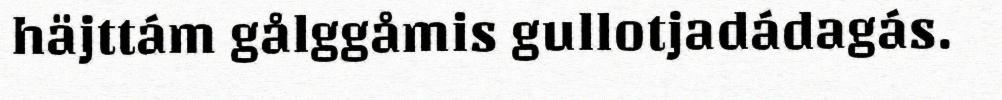
häjttám gålggåmis gullotjadádagás.